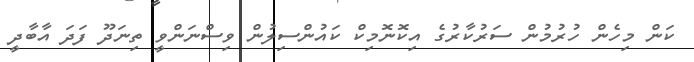
ކަން މިހެން ހުރުމުން ސަރުކާރުގެ އިކޮނޮމިކް ކައުންސިލުން ވިސްނަންވީ ތިނަދޫ ފަދަ އާބާދީ